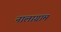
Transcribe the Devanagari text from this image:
नालाग्राम